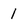
Character: 1